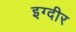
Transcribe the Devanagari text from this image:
इग्दीर